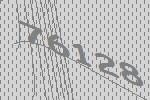
76128